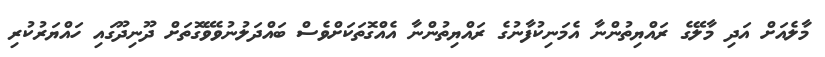
މާލެއަށް އަދި މާލޭގެ ރައްޔިތުންނާ އެމަނިކުފާނުގެ ރައްޔިތުންނާ އެއްގޮތަކަށްވެސް ބައްދަލުނުވެވޭގޮތަށް ދޫނިދޫގައި ހައްޔަރުކުރި